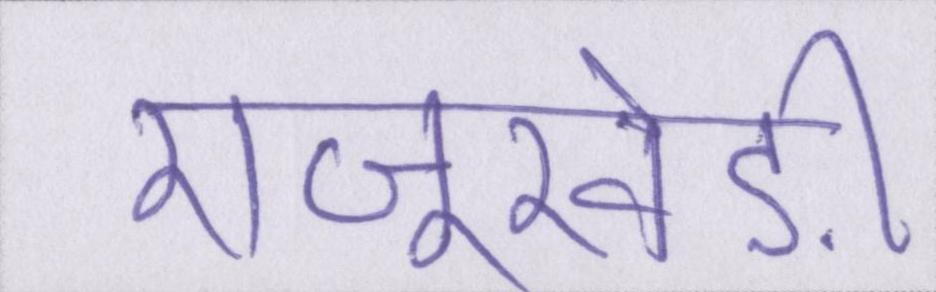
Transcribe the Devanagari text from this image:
राजूखेड़ी